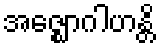
အဇ္ဈောဂါဟန္တိ